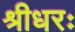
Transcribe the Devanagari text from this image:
श्रीधरः